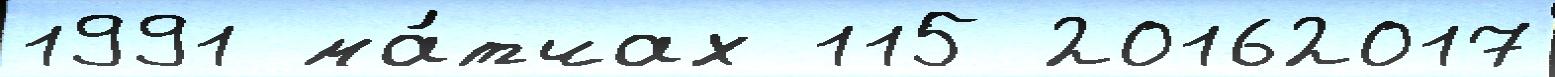
1991 ма́тчах 115 20162017